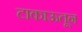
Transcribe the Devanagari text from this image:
टाकाऊतून